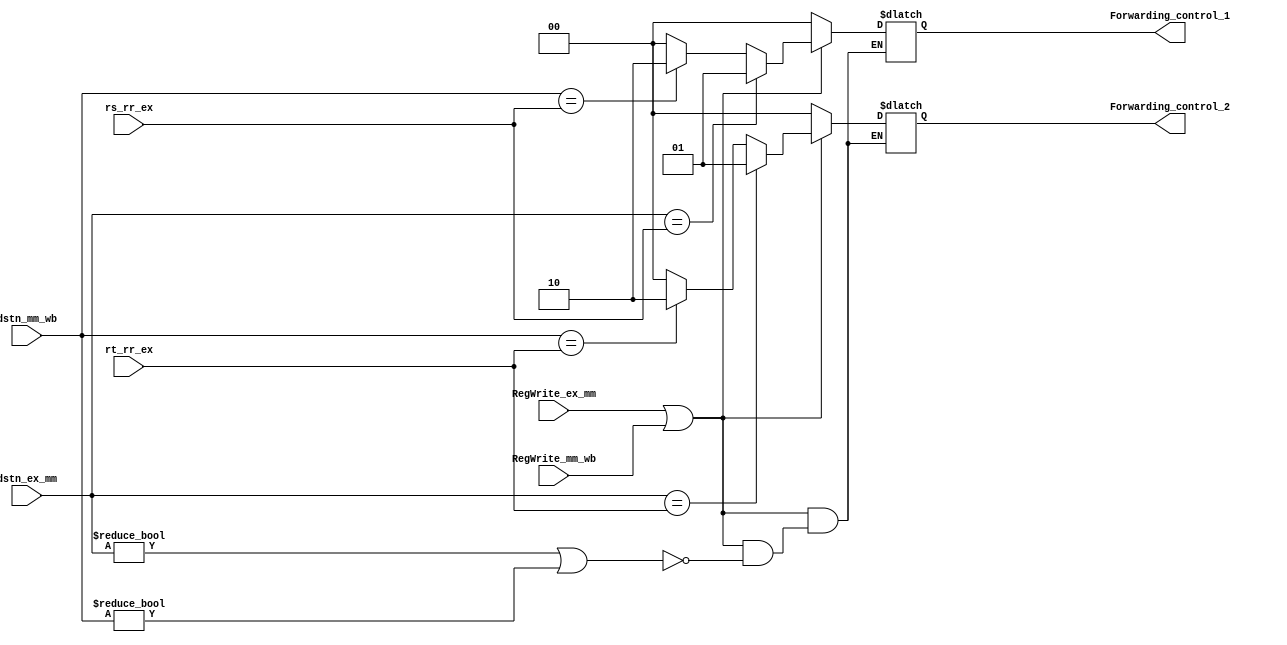
`timescale 1ns / 1ps

module forwarding_unit(
    input [4:0] rs_rr_ex,
    input [4:0]rt_rr_ex,
    input [4:0] dstn_ex_mm,
    input RegWrite_ex_mm,
    input [4:0] dstn_mm_wb,
    input RegWrite_mm_wb,
    output reg [1:0] Forwarding_control_1,
    output reg [1:0] Forwarding_control_2   
        );

always @(*)
begin 
    if (RegWrite_ex_mm || RegWrite_mm_wb)
    begin
        if (dstn_ex_mm != 0 || dstn_mm_wb != 0 )
        begin
            if(dstn_ex_mm == rs_rr_ex)
            begin
                Forwarding_control_1 = 2'b01;
            end
            else if (dstn_mm_wb == rs_rr_ex)  
            begin
                Forwarding_control_1 = 2'b10;
            end
            else
            begin
                Forwarding_control_1 = 2'b00;
            end
            if(dstn_ex_mm ==rt_rr_ex)
            begin
                Forwarding_control_2 = 2'b01;
            end
            else if(dstn_mm_wb ==rt_rr_ex)
            begin
                Forwarding_control_2 = 2'b10;
            end
            else
            begin
                Forwarding_control_2 = 2'b00;
            end
        end             
     end
     else
     begin
           Forwarding_control_1 = 2'b00;
           Forwarding_control_2 = 2'b00;
     end
 end

endmodule



//module Forwarding_Unit(
//    input [4:0] ID_EX_Read_Reg_Num_1,
//    input [4:0] ID_EX_Read_Reg_Num_2,
//    input [4:0] EX_MEM_Write_Reg_Num,
//    input EX_MEM_RegWrite,
//    input [4:0] MEM_WB_Write_Reg_Num,
//    input MEM_WB_RegWrite,
//    output reg [1:0] Forwarding_control_1,
//    output reg [1:0] Forwarding_control_2   
//        );

//always @(*)
//begin 
//    if (EX_MEM_RegWrite | MEM_WB_RegWrite)
//    begin
//        if (EX_MEM_Write_Reg_Num != 0 | MEM_WB_Write_Reg_Num != 0 )
//        begin
//            if(EX_MEM_Write_Reg_Num == ID_EX_Read_Reg_Num_1)
//            begin
//                Forwarding_control_1 = 2'b01;
//            end
//            else if (MEM_WB_Write_Reg_Num == ID_EX_Read_Reg_Num_1)
//            begin
//                Forwarding_control_1 = 2'b10;
//            end
//            else
//            begin
//                Forwarding_control_1 = 2'b00;
//            end
//            if(EX_MEM_Write_Reg_Num == ID_EX_Read_Reg_Num_2)
//            begin
//                Forwarding_control_2 = 2'b01;
//            end
//            else if(MEM_WB_Write_Reg_Num == ID_EX_Read_Reg_Num_2)
//            begin
//                Forwarding_control_2 = 2'b10;
//            end
//            else
//            begin
//                Forwarding_control_2 = 2'b00;
//            end
//        end             
//     end
//     else
//     begin
//           Forwarding_control_1 = 2'b00;
//           Forwarding_control_2 = 2'b00;
//     end
// end

//endmodule